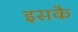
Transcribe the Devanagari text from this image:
इसकै